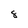
Character: 8